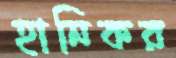
হানিকর